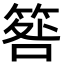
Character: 𥮑